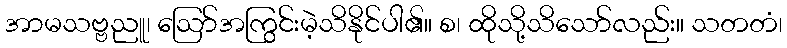
အာမသဗ္ဗညူ၊ ဩော်အကြွင်းမဲ့သိနိုင်ပါ၏။ စ၊ ထိုသို့သိသော်လည်း။ သတတံ၊